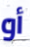
أو